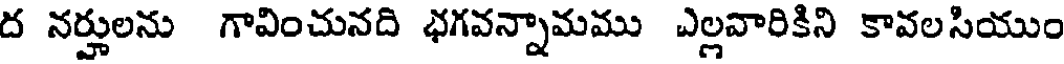
ద నర్హులను గావించునది భగవన్నామము ఎల్లవారికిని కావలసియుం